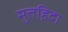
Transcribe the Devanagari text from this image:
मुत्तह़िदा